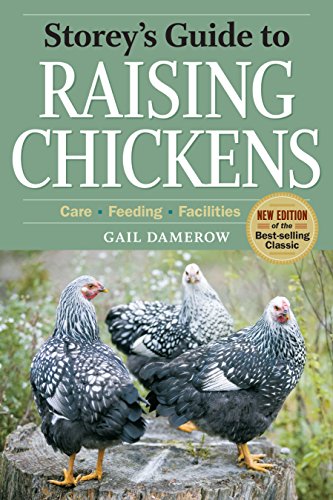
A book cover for Storey's Guide to Raising Chickens, 3rd Edition; Gail Damerow; Science & Math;